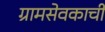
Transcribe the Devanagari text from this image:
ग्रामसेवकाची